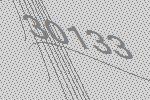
30133